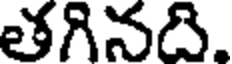
తగినది.